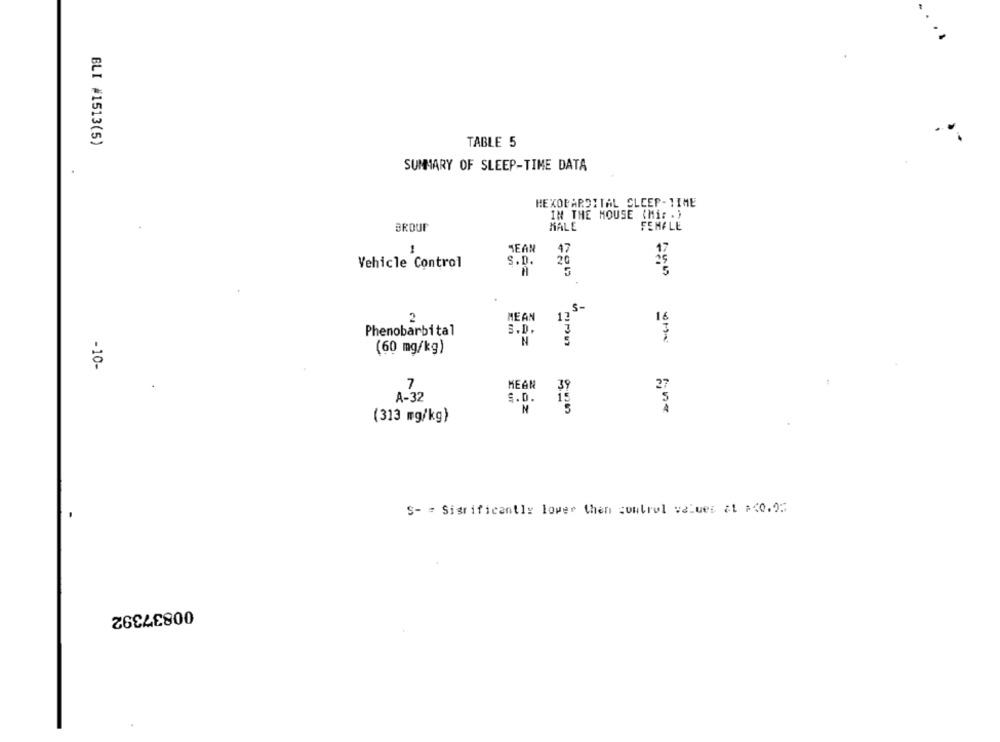
BLI #1513(5)
TABLE 5
SUMMARY OF SLEEP-TIME DATA
HEXOPARDITAL SLEEP-TIME
IN THE MOUSE (Mir . }
BROUF
MALE
FEMALE
1
MEAN
47
17
Vehicle Control
S.D.
20
5
S-
2
MEAN
13
16
Phenobarbital
S.D.
N
(60 mg/kg)
-10-
7
MEAN
A-32
I.D. H
(313 mg/kg)
S- = Sigrificantly lower then control values at =< 0.25
00837392